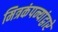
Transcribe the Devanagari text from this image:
मित्रकंपन्यांद्वारे